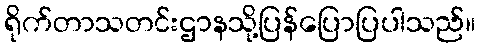
ရိုက်တာသတင်းဌာနသို့ပြန်ပြောပြပါသည်။